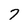
Character: 7